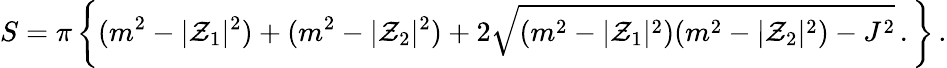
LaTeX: S=\pi\left\{ (m^{2}-|{\cal Z}_{1}|^{2})+(m^{2}-|{\cal Z}_{2}|^{2})+2\sqrt{(m^{2}-|{\cal Z}_{1}|^{2})(m^{2}-|{\cal Z}_{2}|^{2})-J^{2}}\, .\right\} \, .